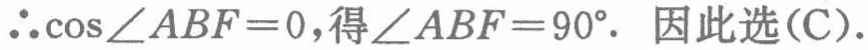
$\therefore\cos\angle ABF = 0$,得$\angle ABF = 90^{\circ}.$ 因此选(C).